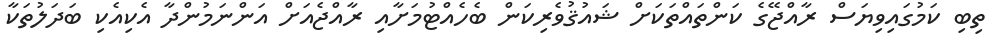
ތިބި ކަމުގައިވިޔަސް ރާއްޖޭގެ ކަންތައްތަކަށް ޝައުޤުވެރިކަން ބެހެއްޓުމަށާއި ރާއްޖެއަށް އަންނަމުންދާ އެކިއެކި ބަދަލުތަކާ